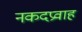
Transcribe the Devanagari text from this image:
नकदप्रवाह